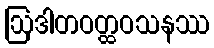
ဩဒါတဝတ္ထဝသနဿ